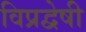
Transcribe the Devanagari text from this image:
विप्रद्वेषी